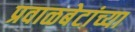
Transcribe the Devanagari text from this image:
प्रवाळबेटांच्या